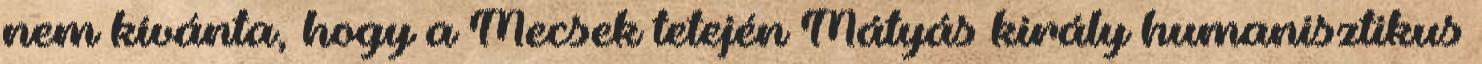
nem kívánta, hogy a Mecsek tetején Mátyás király humanisztikus